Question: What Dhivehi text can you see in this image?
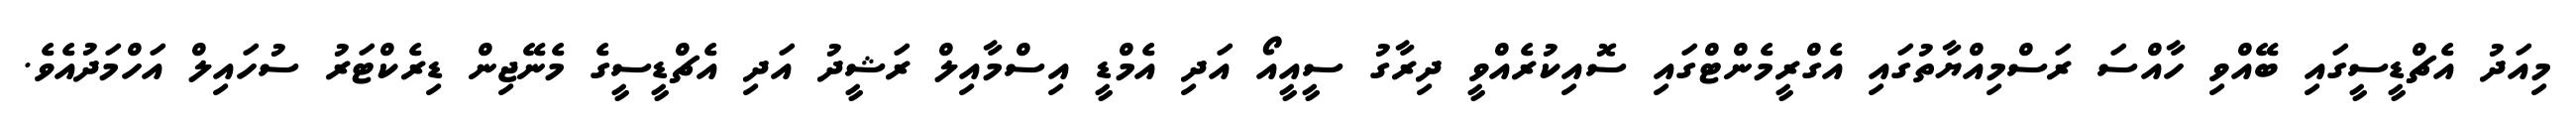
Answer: މިއަދު އެޗްޑީސީގައި ބޭއްވި ހާއްސަ ރަސްމިއްޔާތުގައި އެގްރީމެންޓްގައި ސޮއިކުރެއްވީ ދިރާގު ސީއީއޯ އަދި އެމްޑީ އިސްމާއިލް ރަޝީދު އަދި އެޗްޑީސީގެ މެނޭޖިން ޑިރެކްޓަރު ސުހައިލް އަހްމަދުއެވެ.